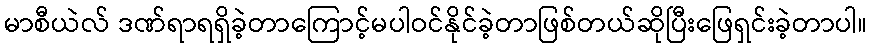
မာစီယဲလ် ဒဏ်ရာရရှိခဲ့တာကြောင့်မပါဝင်နိုင်ခဲ့တာဖြစ်တယ်ဆိုပြီးဖြေရှင်းခဲ့တာပါ။